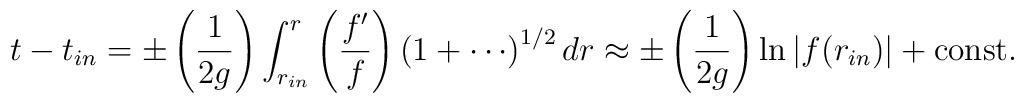
t - t_{in} =  \pm\left({1\over 2g}\right)\int_{r_{in}}^r\left({f'\over f}\right) \left(1+\cdots\right)^{1/2}dr\approx\pm \left({1\over 2g}\right)\ln |f(r_{in})|+{\rm const.}